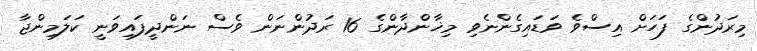
މިރަދުންގެ ފަހަށް އިސްވެ ވަޑައިގެންނެވި މިޚާންދާންގެ 16 ރަދުންނަން ވެސް ނަންދީފައިވަނީ ކަލަމިންޖާ